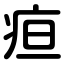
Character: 疸